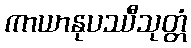
ကာယာနုပဿီသုတ္တံ